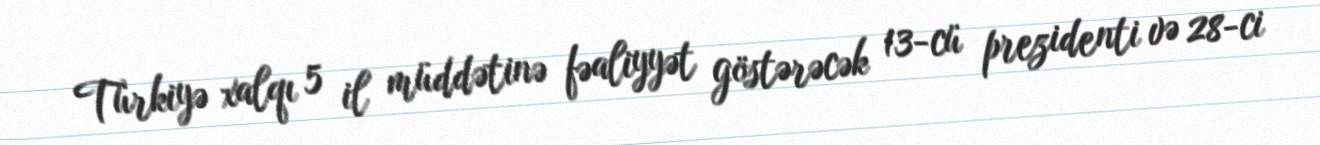
Türkiyə xalqı 5 il müddətinə fəaliyyət göstərəcək 13-cü prezidenti və 28-ci